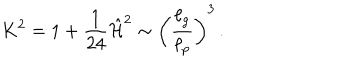
K ^ { 2 } = 1 + { \frac { 1 } { 2 4 } } \hat { \cal H } ^ { 2 } \sim \left( { \frac { \ell _ { g } } { \ell _ { p } } } \right) ^ { 3 } \, .